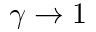
\gamma \rightarrow 1